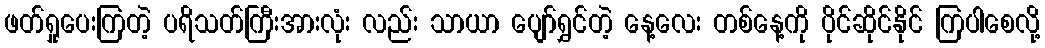
ဖတ်ရှုပေးကြတဲ့ ပရိသတ်ကြီးအားလုံး လည်း သာယာ ပျော်ရွှင်တဲ့ နေ့လေး တစ်နေ့ကို ပိုင်ဆိုင်နိုင် ကြပါစေလို့